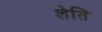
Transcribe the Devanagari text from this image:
शेति